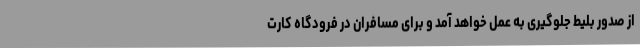
از صدور بلیط جلوگیری به عمل خواهد آمد و برای مسافران در فرودگاه کارت